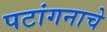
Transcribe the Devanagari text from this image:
पटांगनाचे